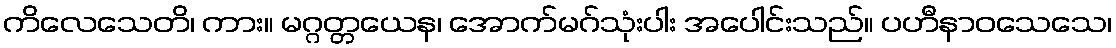
ကိလေသေတိ၊ ကား။ မဂ္ဂတ္တယေန၊ အောက်မဂ်သုံးပါး အပေါင်းသည်။ ပဟီနာဝသေသေ၊